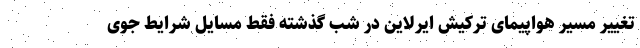
تغییر مسیر هواپیمای ترکیش ایرلاین در شب گذشته فقط مسایل شرایط جوی